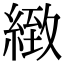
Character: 緻